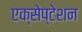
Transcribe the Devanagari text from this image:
एक्सेप्टेशन